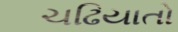
ચઢિયાતો